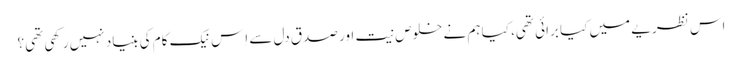
اس نظریے میں کیا برائی تھی، کیا ہم نے خلوصِ نیت اور صدقِ دل سے اِس نیک کام کی بنیاد نہیں رکھی تھی؟